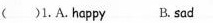
( )1.A.happy B. sad